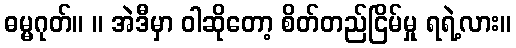
ဓမ္မဂုတ်။ ။ အဲဒီမှာ ဝါဆိုတော့ စိတ်တည်ငြိမ်မှု ရရဲ့လား။